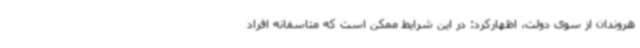
هروندان از سوی دولت، اظهارکرد: در این شرایط ممکن است که متاسفانه افراد